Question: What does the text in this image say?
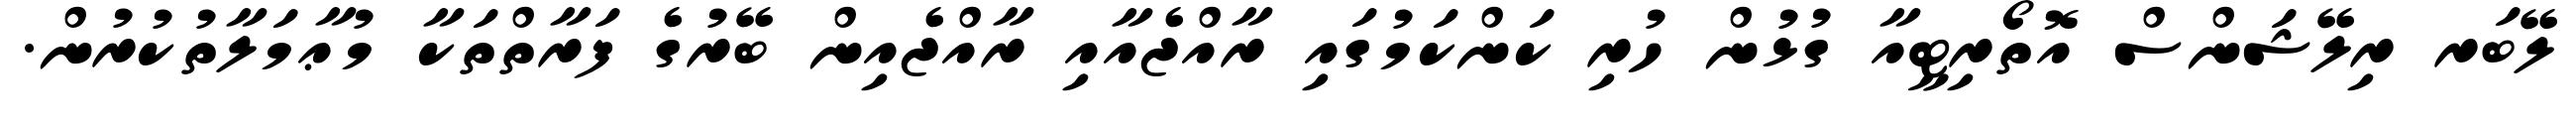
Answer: ލޭބަރ ރިލޭޝަންސް އޮތޯރިޓީއާ ގުޅުން ހުރި ކަންކަމުގައި ރާއްޖެއާއި ރާއްޖެއިން ބޭރުގެ ފަރާތްތަކާ މުޢާމަލާތުކުރުން.